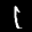
Label: 1